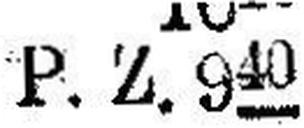
P. Z. 940